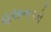
હસનએ